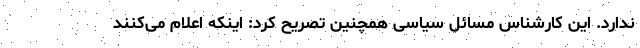
ندارد. این کارشناس مسائل سیاسی همچنین تصریح کرد: اینکه اعلام می‌کنند